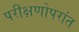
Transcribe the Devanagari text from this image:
परीक्षणोपरांत